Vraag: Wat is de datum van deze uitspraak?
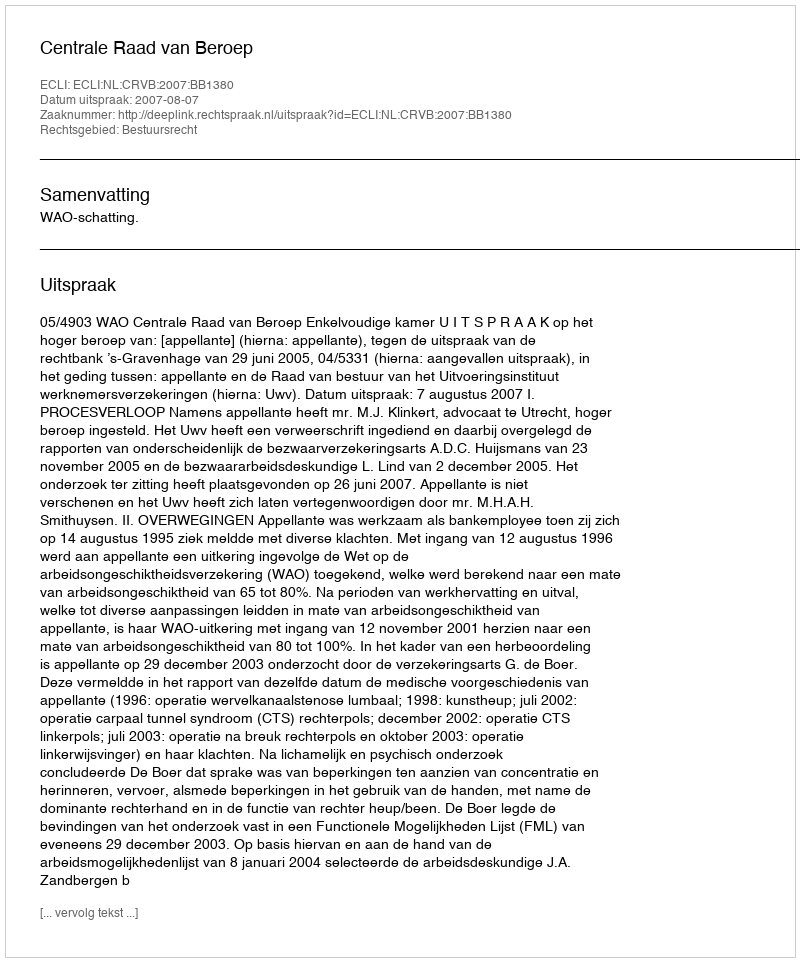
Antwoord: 2007-08-07